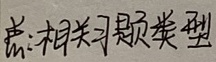
\begin{document}
\begin{enumerate}
\item 相关习题类型
\end{enumerate}
\end{document}